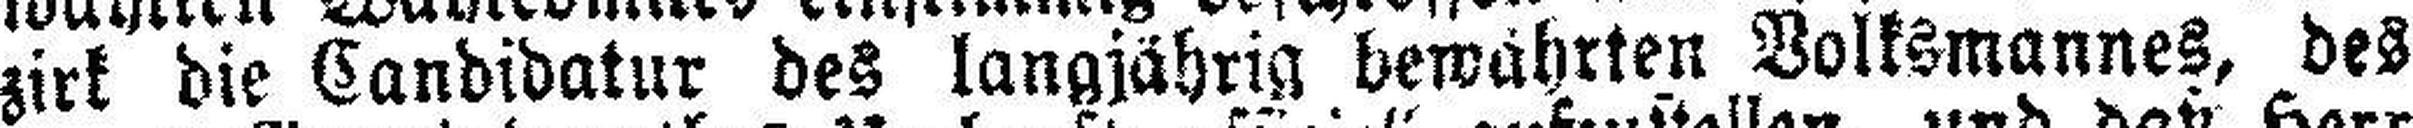
zirk die Candidatur des langjährig bewährten Volksmannes, des